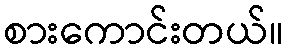
စားကောင်းတယ်။